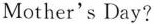
Mother's Day?